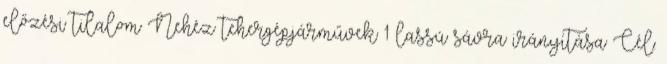
előzési tilalom Nehéz tehergépjárművek 1 lassú sávra irányítása Cél: